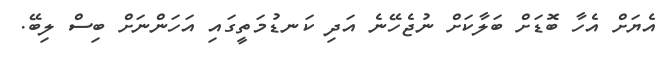
އެޔަށް އެހާ ބޮޑަށް ބަލާކަށް ނުޖެހޭނެ އަދި ކަނޑުމަތީގައި އަހަންނަށް ބިސް ލިބޭ.